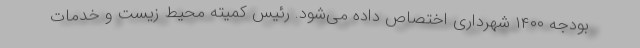
بودجه ۱۴۰۰ شهرداری اختصاص داده می‌شود. رئیس کمیته محیط زیست و خدمات